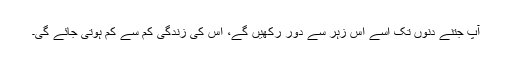
آپ جتنے دِنوں تک اُسے اس زہر سے دُور رکھیں گے، اُس کی زندگی کم سے کم ہوتی جائے گی۔